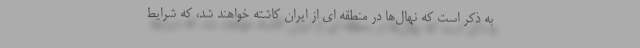
به ذکر است که نهال‌‌ها در منطقه ای از ایران کاشته خواهند شد، که شرایط